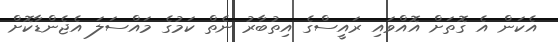
އެކަން އެ ގޮތަށް އޮއްވައި ރައީސްގެ އިތުބާރު ނެތް ކަމުގެ މައްސަލަ އެޖެންޑާކޮށް